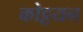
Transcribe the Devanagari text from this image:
कोट्टयन